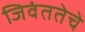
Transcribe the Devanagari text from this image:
जिवंततेचे